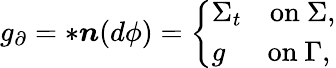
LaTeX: g_{\partial}=\ast\boldsymbol{n}(d\phi)=\left\{ \begin{array}{ll}{\Sigma_{t}\quad\mathrm{on}\ \Sigma,}\\ {g\quad\ \ \mathrm{on}\ \Gamma,}\end{array}\right.